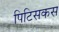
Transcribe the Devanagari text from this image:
पिटिसकस